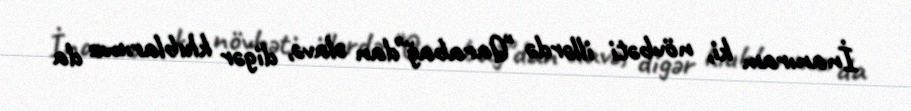
İnanıram ki, növbəti illərdə "Qarabağ"dan əlavə, digər klublarımız da